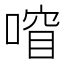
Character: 𫫍